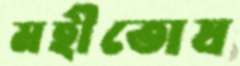
মহীতোষ